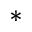
*